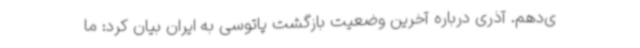
ی‌دهم. آذری درباره آخرین وضعیت بازگشت پاتوسی به ایران بیان کرد: ما